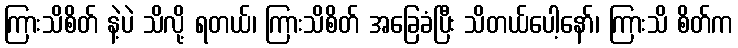
ကြားသိစိတ် နဲ့ပဲ သိလို့ ရတယ်၊ ကြားသိစိတ် အခြေခံပြီး သိတယ်ပေါ့နော်၊ ကြားသိ စိတ်က